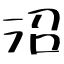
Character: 沼